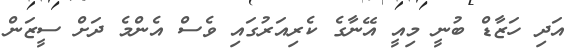
އަދި ހަޒާޑް ބުނީ މިއީ އޭނާގެ ކެރިއަރުގައި ވެސް އެންމެ ދަށް ސީޒަން